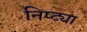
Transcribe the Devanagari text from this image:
निष्ट्या